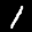
Label: 1